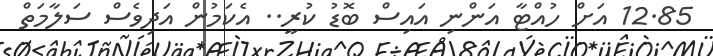
12.85 އަށް ހުއްޓާ އަންނި އައިސް ބޮޑު ކުރީ.. އެކަމުން އަދިވެސް ސަލާމަތް